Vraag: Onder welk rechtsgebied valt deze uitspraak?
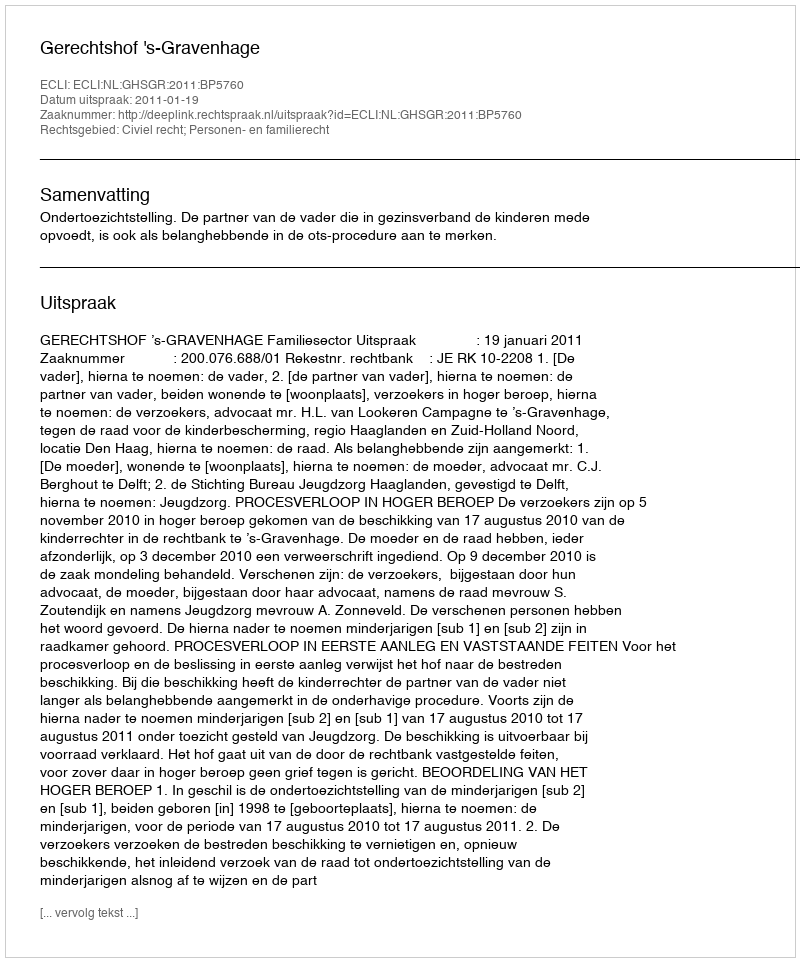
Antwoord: Civiel recht; Personen- en familierecht